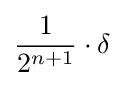
{\frac {1}{2^{n+1}}}\cdot \delta